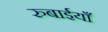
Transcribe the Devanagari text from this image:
रुबाईयाँ